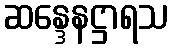
ဆန္ဒေနဋ္ဌာရသ